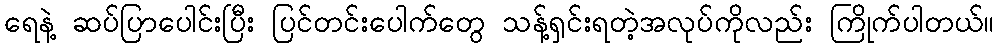
ရေနဲ့ ဆပ်ပြာပေါင်းပြီး ပြင်တင်းပေါက်တွေ သန့်ရှင်းရတဲ့အလုပ်ကိုလည်း ကြိုက်ပါတယ်။